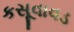
કસૂવાવડ